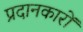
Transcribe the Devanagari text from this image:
प्रदानकारों